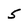
Character: 5